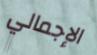
الإجمالي